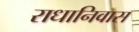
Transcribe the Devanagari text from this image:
राधानिवास